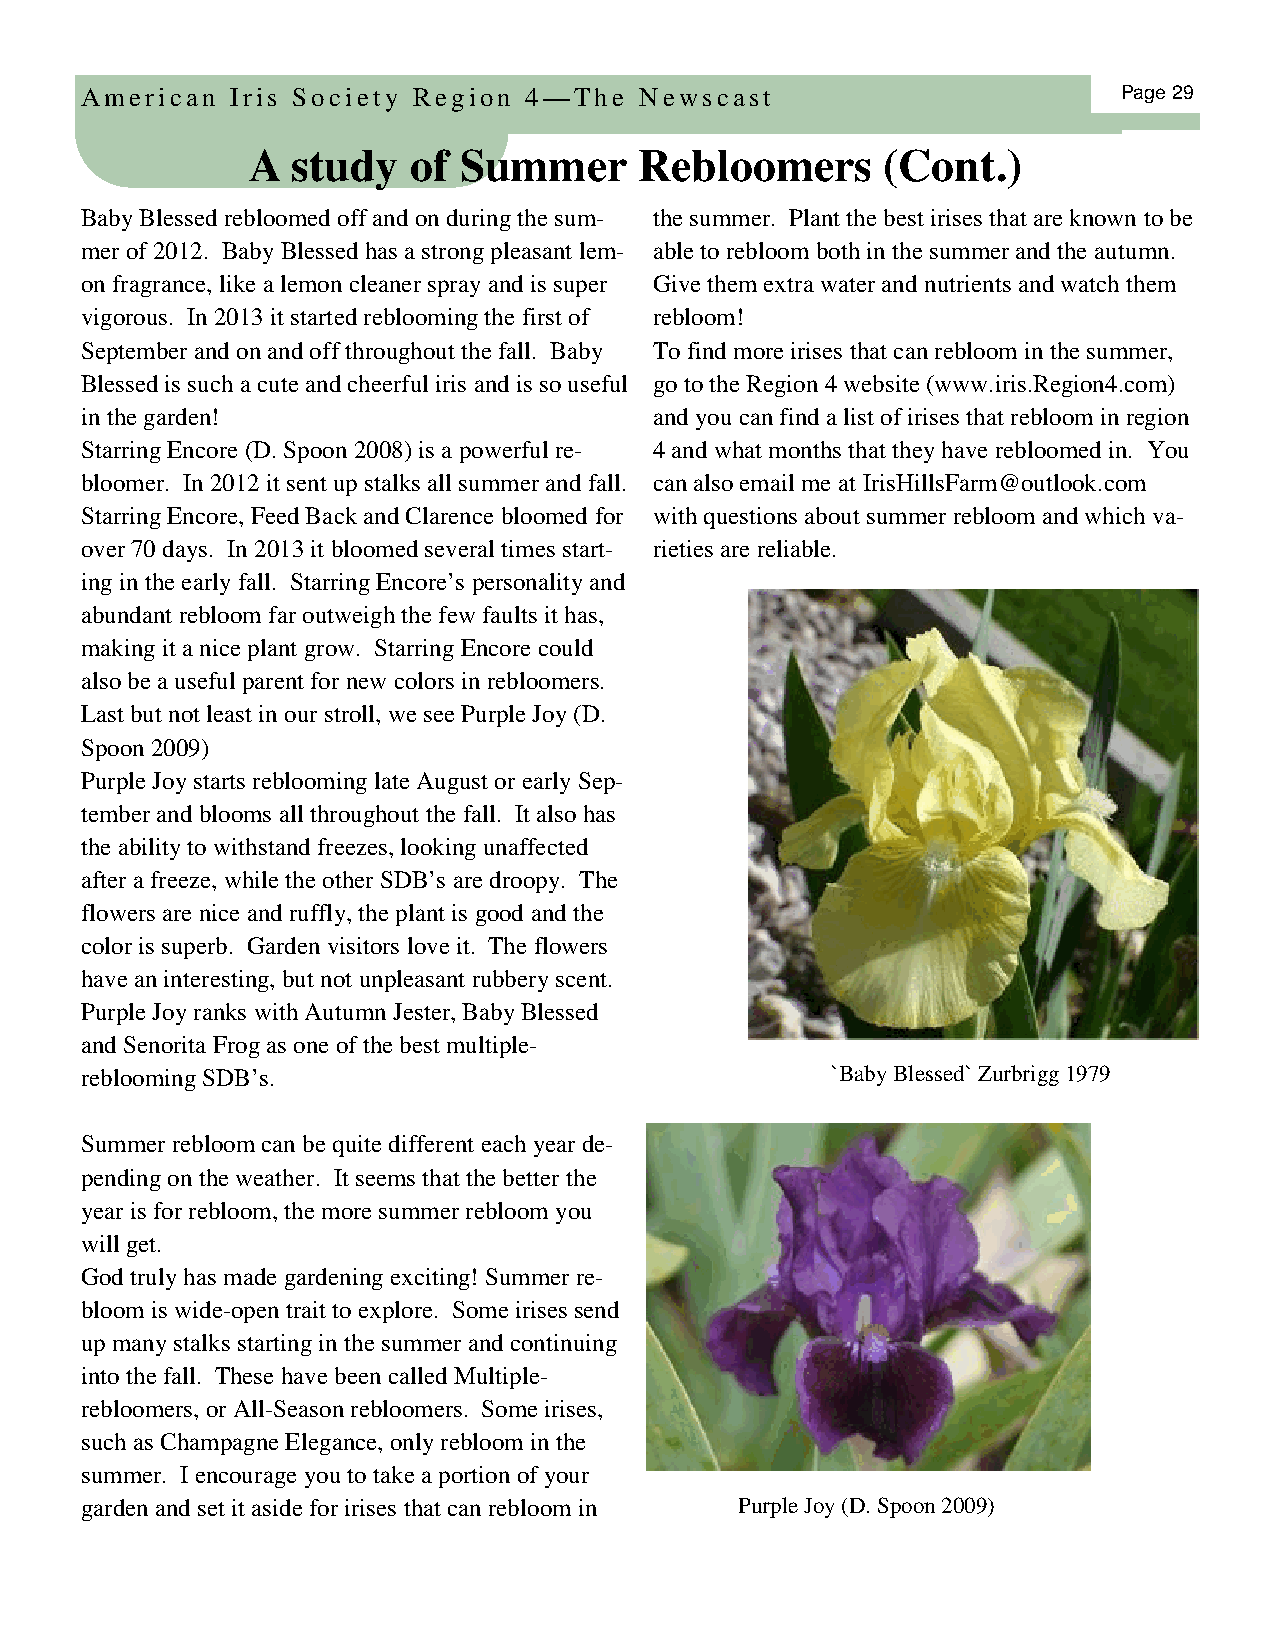
American  Iris Society Region 4—The  Newscast                        Page 29
 A study   of Summer      Rebloomers      (Cont.)
 Baby Blessed rebloomed off and on during the sum- the summer. Plant the best irises that are known to be
 mer of 2012. Baby Blessed has a strong pleasant lem- able to rebloom both in the summer and the autumn.
 on fragrance, like a lemon cleaner spray and is super Give them extra water and nutrients and watch them
 vigorous. In 2013 it started reblooming the first of rebloom!
 September and on and off throughout the fall. Baby To find more irises that can rebloom in the summer,
 Blessed is such a cute and cheerful iris and is so useful go to the Region 4 website (www.iris.Region4.com)
 in the garden!                        and you can find a list of irises that rebloom in region
 Starring Encore (D. Spoon 2008) is a powerful re- 4 and what months that they have rebloomed in. You
 bloomer. In 2012 it sent up stalks all summer and fall. can also email me at IrisHillsFarm@outlook.com
 Starring Encore, Feed Back and Clarence bloomed for with questions about summer rebloom and which va-
 over 70 days. In 2013 it bloomed several times start- rieties are reliable.
 ing in the early fall. Starring Encore’s personality and
 abundant rebloom far outweigh the few faults it has,
 making it a nice plant grow. Starring Encore could
 also be a useful parent for new colors in rebloomers.
 Last but not least in our stroll, we see Purple Joy (D.
 Spoon 2009)
 Purple Joy starts reblooming late August or early Sep-
 tember and blooms all throughout the fall. It also has
 the ability to withstand freezes, looking unaffected
 after a freeze, while the other SDB’s are droopy. The
 flowers are nice and ruffly, the plant is good and the
 color is superb. Garden visitors love it. The flowers
 have an interesting, but not unpleasant rubbery scent.
 Purple Joy ranks with Autumn Jester, Baby Blessed
 and Senorita Frog as one of the best multiple-
 reblooming SDB’s.                                 `Baby Blessed` Zurbrigg 1979
 Summer rebloom can be quite different each year de-
 pending on the weather. It seems that the better the
 year is for rebloom, the more summer rebloom you
 will get.
 God truly has made gardening exciting! Summer re-
 bloom is wide-open trait to explore. Some irises send
 up many stalks starting in the summer and continuing
 into the fall. These have been called Multiple-
 rebloomers, or All-Season rebloomers. Some irises,
 such as Champagne Elegance, only rebloom in the
 summer. I encourage you to take a portion of your
 garden and set it aside for irises that can rebloom in Purple Joy (D. Spoon 2009)